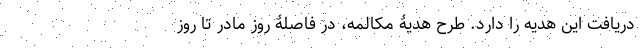
دریافت این هدیه را دارد. طرح هدیۀ مکالمه، در فاصلۀ روز مادر تا روز